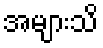
အများသိ